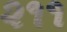
૨૧૧